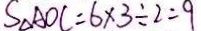
S _ { \Delta } A O C = 6 \times 3 \div 2 = 9